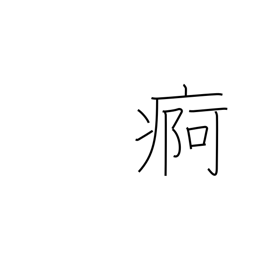
Meaning: chronic illness